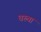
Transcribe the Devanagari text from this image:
धरुवा